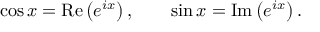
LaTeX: \cos x = \operatorname { R e } \left( e ^ { i x } \right) , \qquad \sin x = \operatorname { I m } \left( e ^ { i x } \right) .